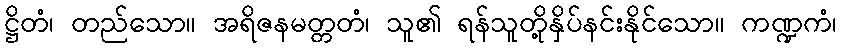
ဋ္ဌိတံ၊ တည်သော။ အရိဇနမတ္တတံ၊ သူ၏ ရန်သူတို့နှိပ်နင်းနိုင်သော။ ကဏ္ဍကံ၊